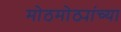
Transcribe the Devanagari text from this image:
मोठमोठ्यांच्या